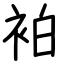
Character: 袙